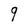
Character: 9